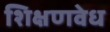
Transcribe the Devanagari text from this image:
शिक्षणवेध